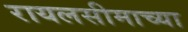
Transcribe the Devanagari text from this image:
रायलसीमाच्या